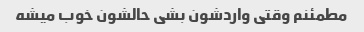
مطمئنم وقتی واردشون بشی حالشون خوب میشه